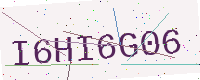
Text: I6HI6G06